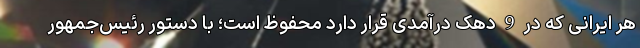
هر ایرانی که در 9 دهک درآمدی قرار دارد محفوظ است؛ با دستور رئیس‌جمهور